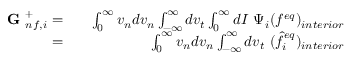
\begin{array} { r l r } { \textbf { G } _ { n f , i } ^ { + } = } & { } & { \int _ { 0 } ^ { \infty } v _ { n } d v _ { n } \int _ { - \infty } ^ { \infty } d v _ { t } \int _ { 0 } ^ { \infty } d I \ \Psi _ { i } ( f ^ { e q } ) _ { i n t e r i o r } } \\ { = } & { } & { \int _ { 0 } ^ { \infty } v _ { n } d v _ { n } \int _ { - \infty } ^ { \infty } d v _ { t } \ ( \hat { f } _ { i } ^ { e q } ) _ { i n t e r i o r } } \end{array}